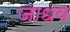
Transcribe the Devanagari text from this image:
जाधव